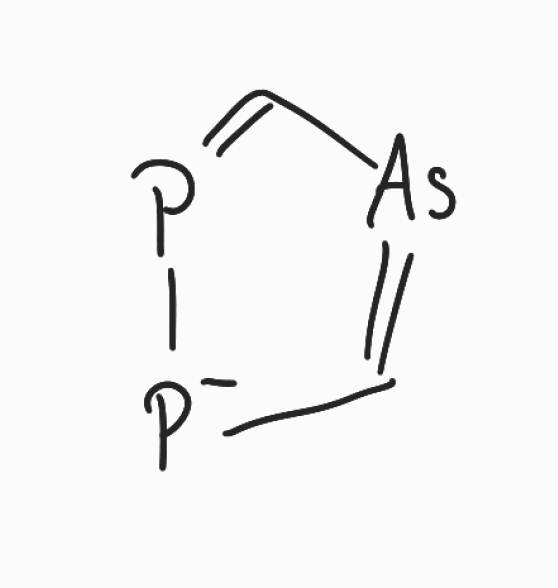
Simplified molecular-input line-entry system (SMILES) notation of the given molecule:
C1=[As]C=P[P-]1